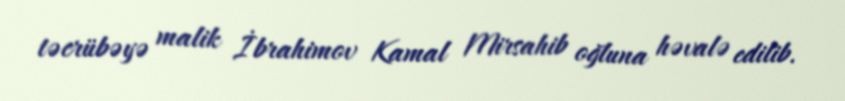
təcrübəyə malik İbrahimov Kamal Mirsahib oğluna həvalə edilib.